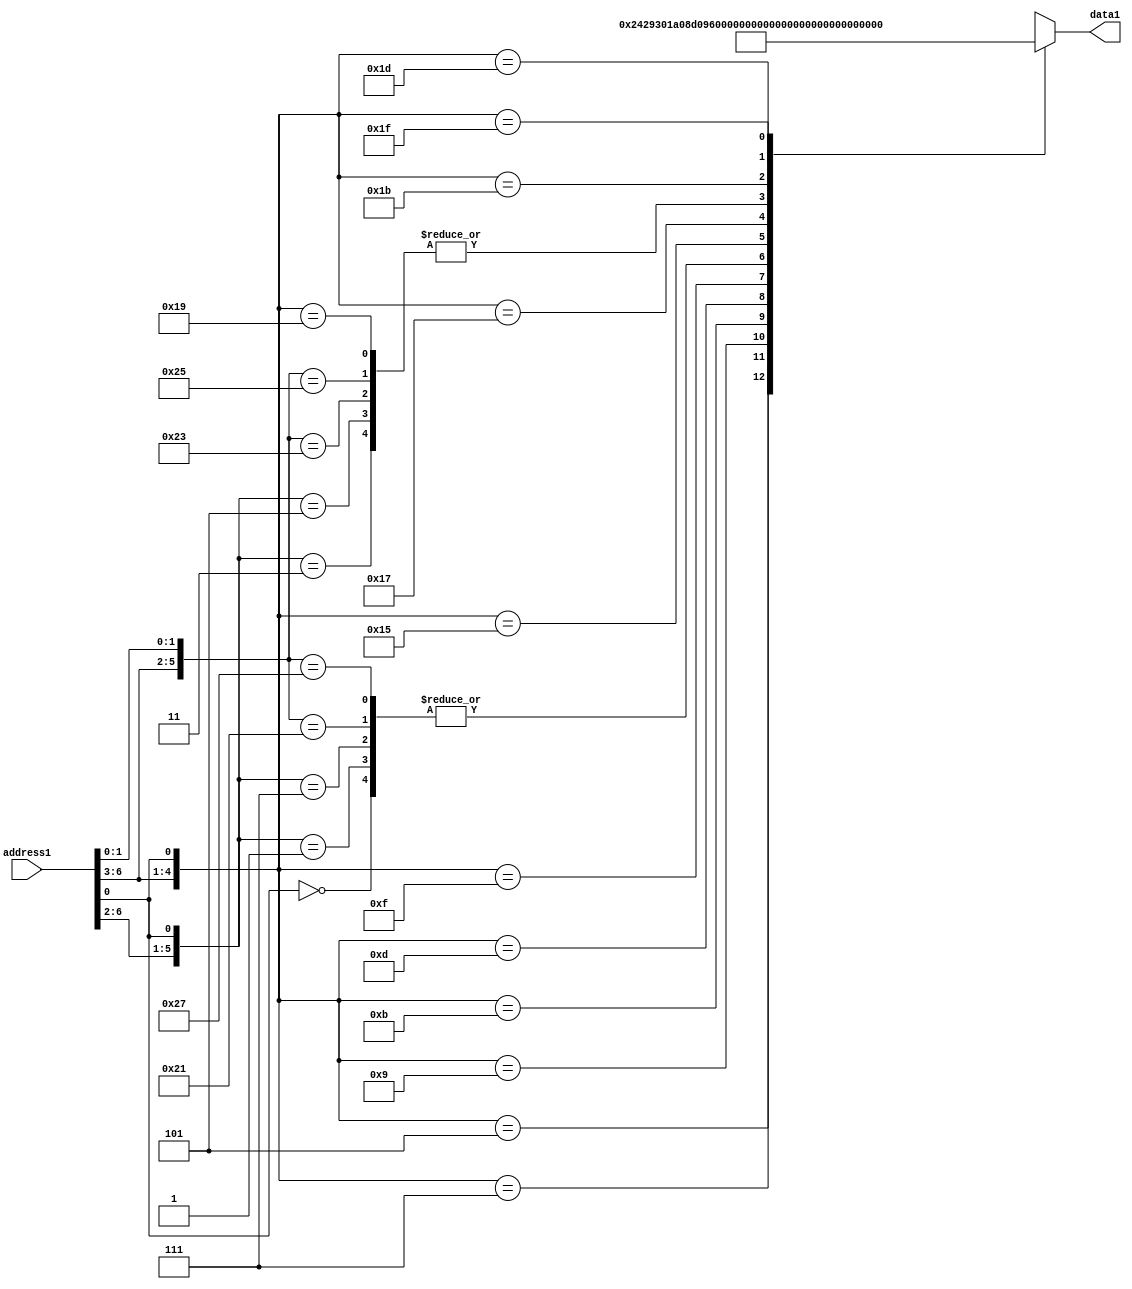
//Jonathan Pu c. 19249
//ROM como lookup table

module opcode(input wire [6:0]address1,
              
              output reg [12:0]data1);

    always @(address1)
        begin
            casex(address1)
                7'bxxxxxx0: data1 <= 13'b1000000001000;
                7'b00001x1: data1 <= 13'b0100000001000;
                7'b00000x1: data1 <= 13'b1000000001000;
                7'b00011x1: data1 <= 13'b1000000001000;
                7'b00010x1: data1 <= 13'b0100000001000;
                7'b0010xx1: data1 <= 13'b0001001000010;
                7'b0011xx1: data1 <= 13'b1001001100000;
                7'b0100xx1: data1 <= 13'b0011010000010;
                7'b0101xx1: data1 <= 13'b0011010000100;
                7'b0110xx1: data1 <= 13'b1011010100000;
                7'b0111xx1: data1 <= 13'b1000000111000;
                7'b1000x11: data1 <= 13'b0100000001000;
                7'b1000x01: data1 <= 13'b1000000001000;
                7'b1001x11: data1 <= 13'b1000000001000;
                7'b1001x01: data1 <= 13'b0100000001000;
                7'b1010xx1: data1 <= 13'b0011011000010;
                7'b1011xx1: data1 <= 13'b1011011100000;
                7'b1100xx1: data1 <= 13'b0100000001000;
                7'b1101xx1: data1 <= 13'b0000000001001;
                7'b1110xx1: data1 <= 13'b0011100000010;
                7'b1111xx1: data1 <= 13'b1011100100000;
            endcase
        end
               
endmodule